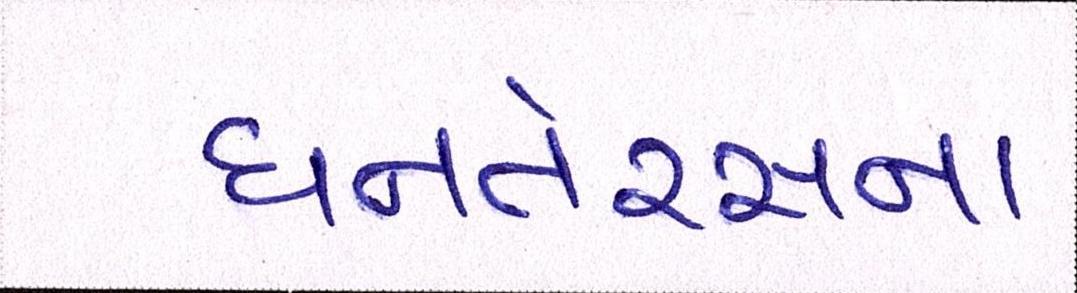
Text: ધનતેરસના